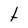
Character: t